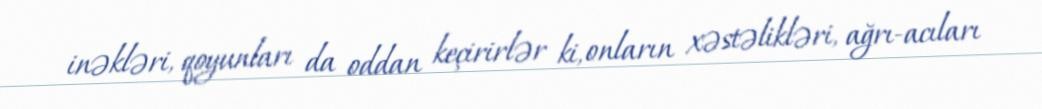
inəkləri, qoyunları da oddan keçirirlər ki, onların xəstəlikləri, ağrı-acıları